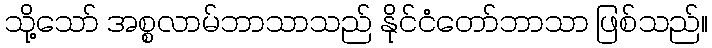
သို့သော် အစ္စလာမ်ဘာသာသည် နိုင်ငံတော်ဘာသာ ဖြစ်သည်။